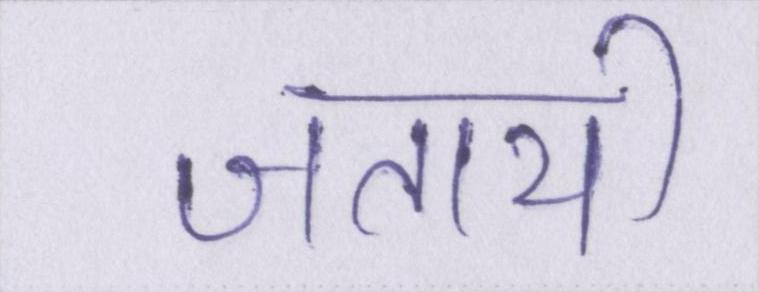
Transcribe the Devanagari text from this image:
जतायी